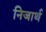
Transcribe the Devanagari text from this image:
निजार्थ